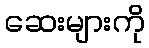
ဆေးများကို